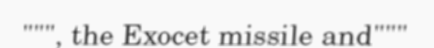
""", the Exocet missile and"""